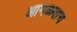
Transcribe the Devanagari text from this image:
आगळ्याच